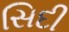
સિદી